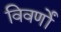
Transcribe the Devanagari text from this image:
विवर्णों